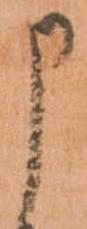
申